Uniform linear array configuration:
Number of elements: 4
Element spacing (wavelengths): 1
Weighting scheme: hann
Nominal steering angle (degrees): -15
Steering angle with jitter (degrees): -15.755
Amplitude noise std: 0.05
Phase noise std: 0.05

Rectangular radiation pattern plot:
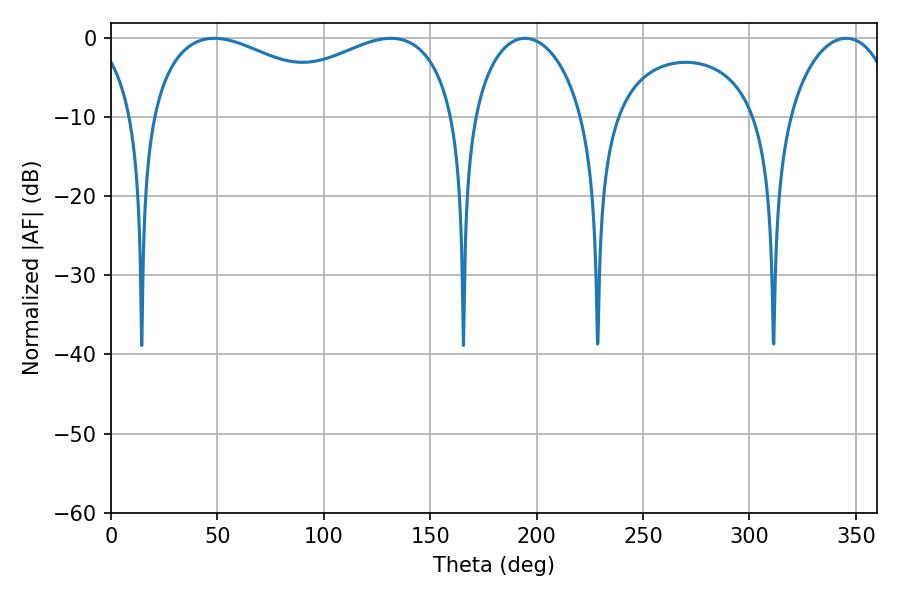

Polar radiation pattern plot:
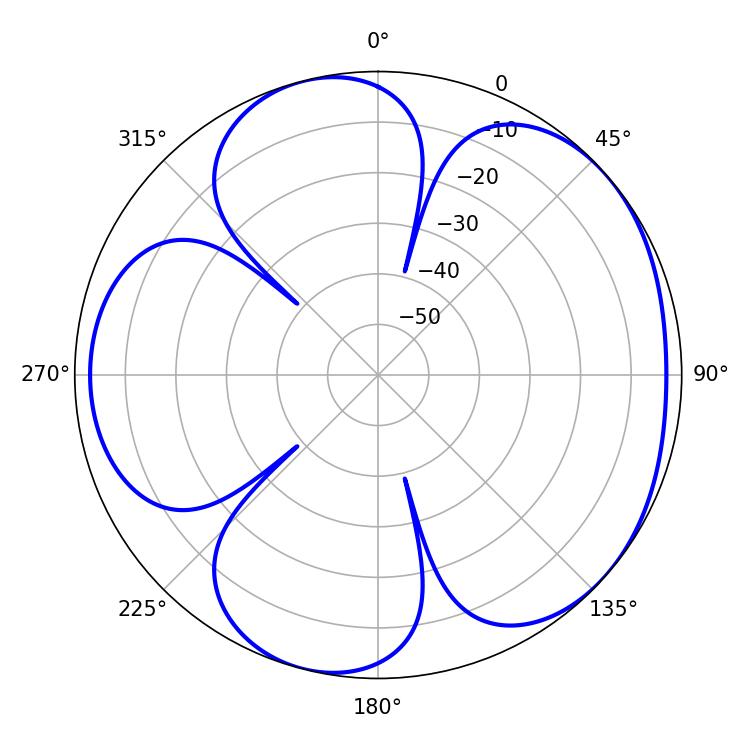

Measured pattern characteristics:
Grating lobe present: TRUE
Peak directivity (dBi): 4.768
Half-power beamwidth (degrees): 29.88
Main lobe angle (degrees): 194.58